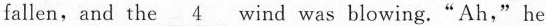
fallen, and the \underline{4} wind was blowing."Ah,"he